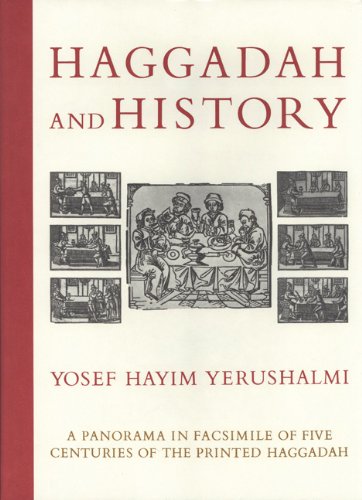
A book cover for Haggadah and History; Yosef Hayim Yerushalmi; Religion & Spirituality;